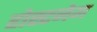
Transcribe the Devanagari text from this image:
होस्टनेम